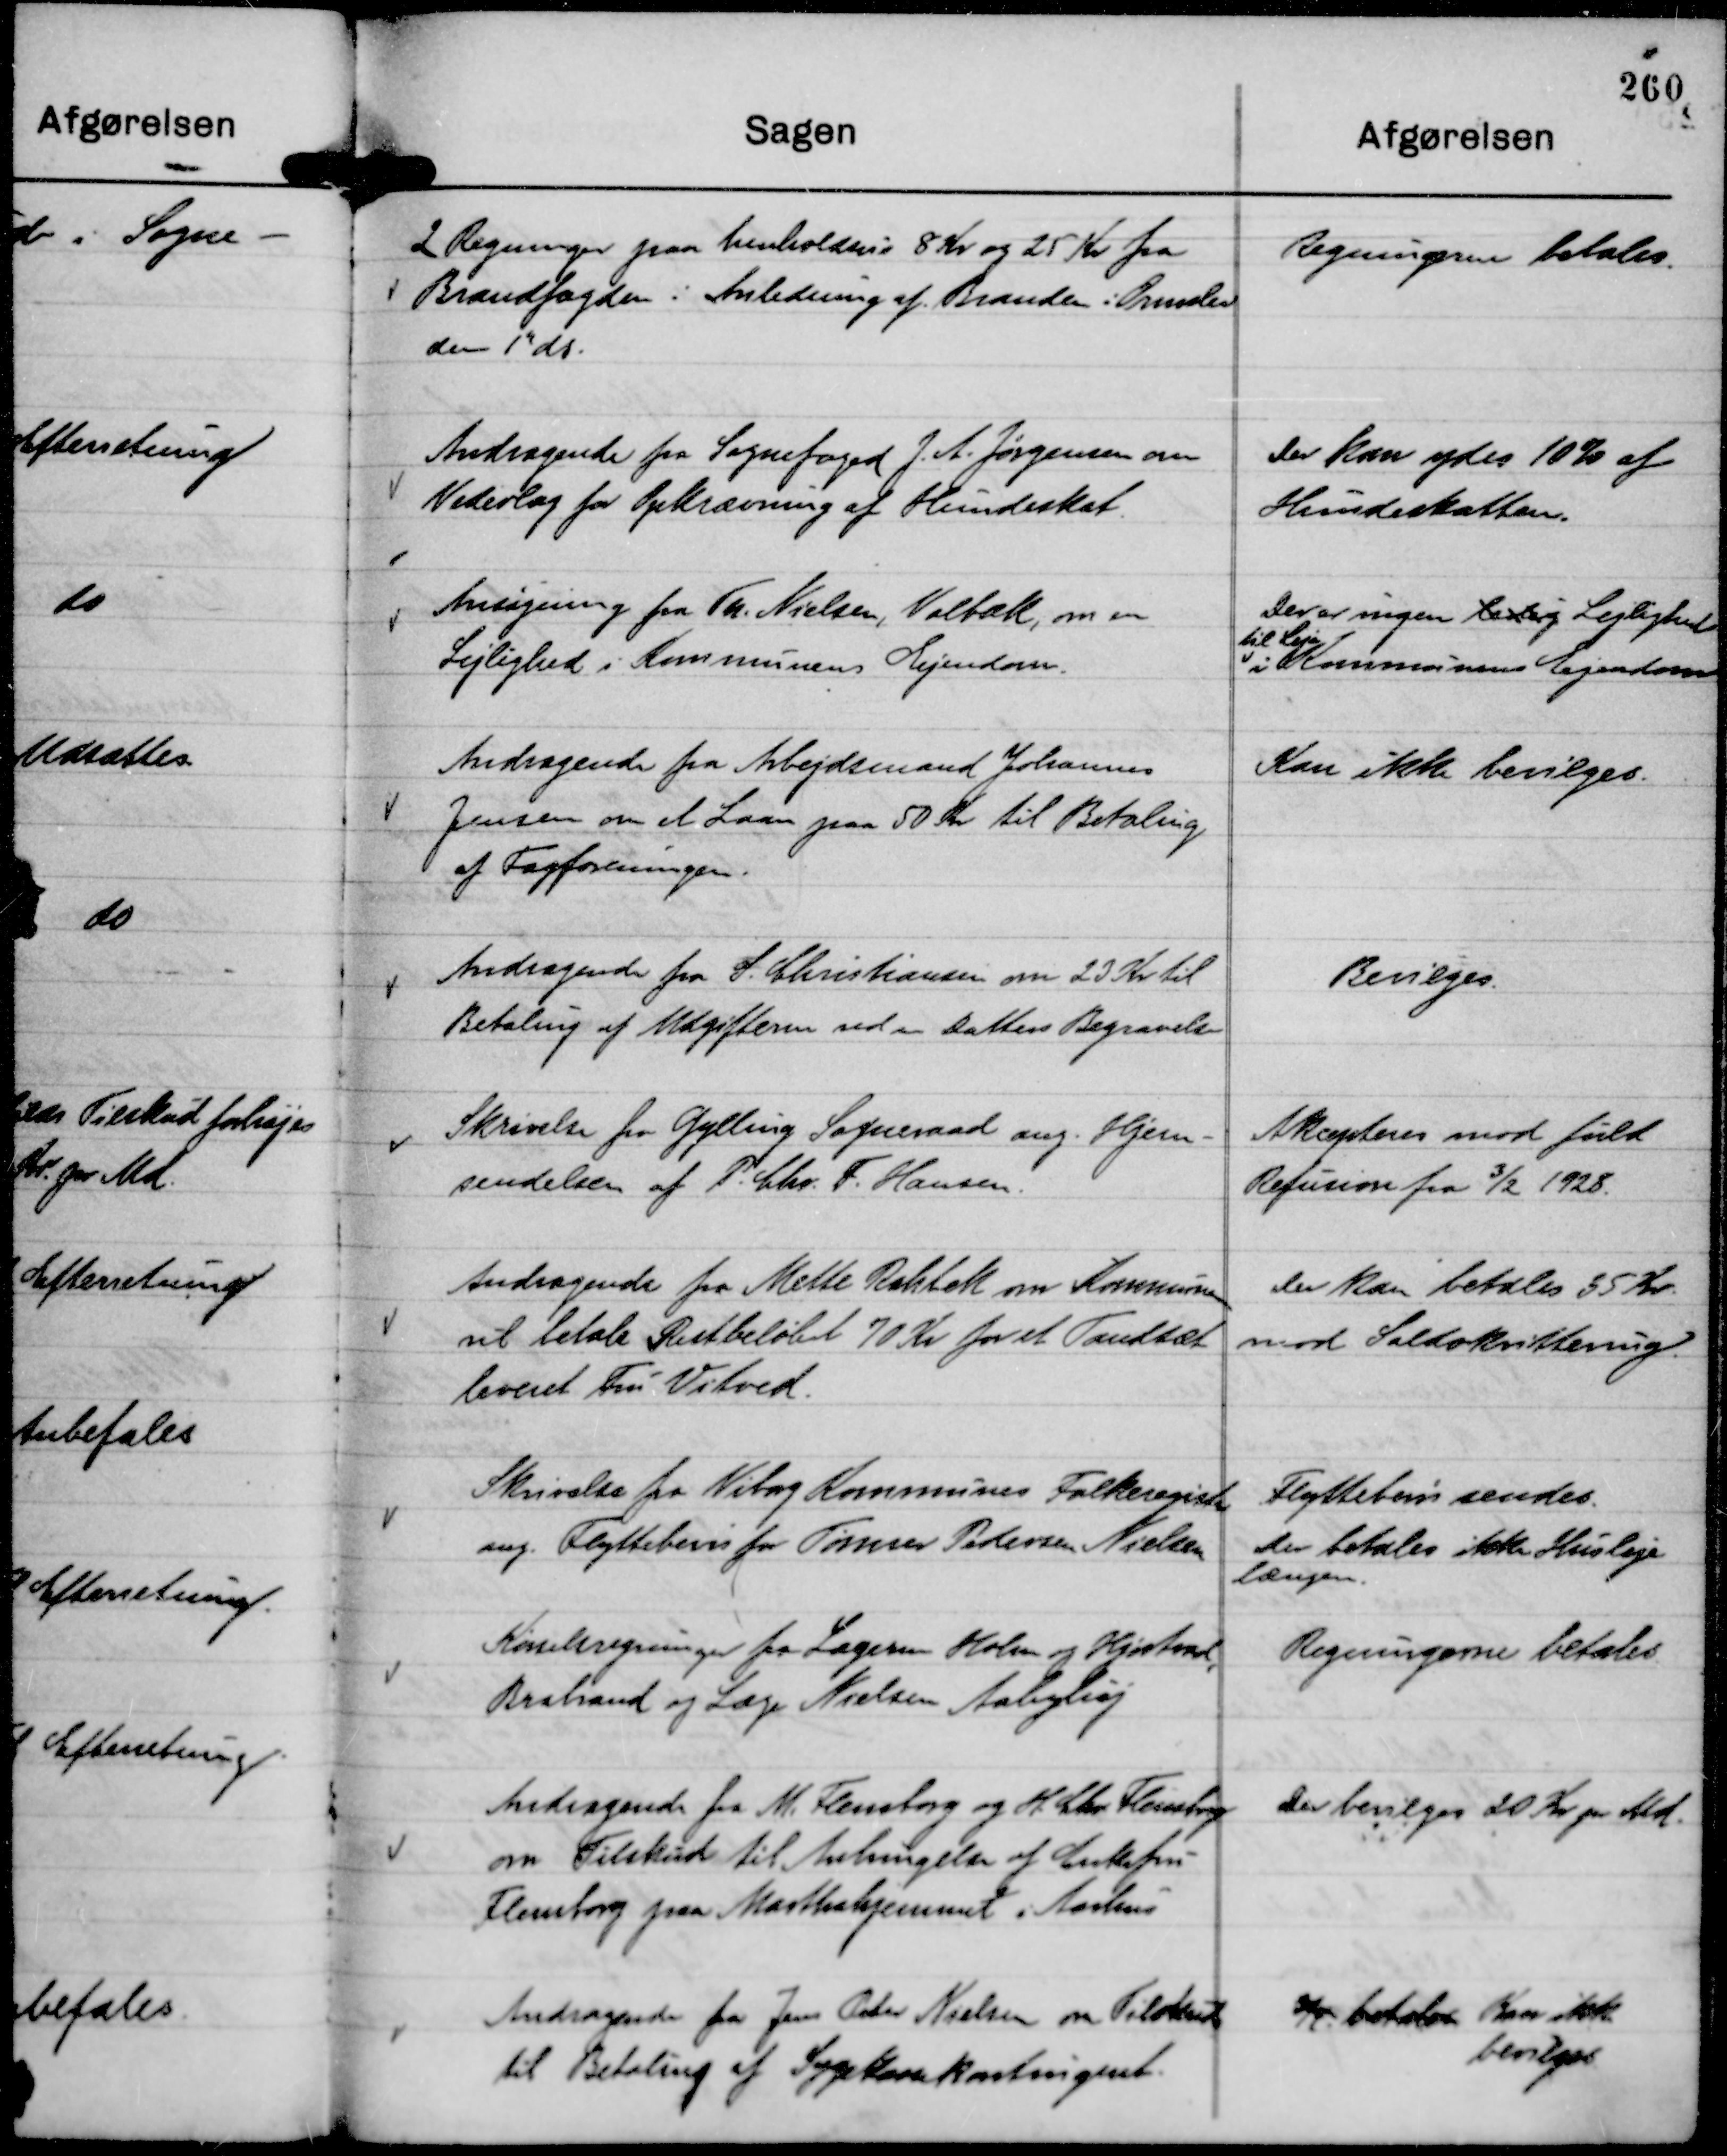
Transskription:
2 Regninger paa henholdsvis 8 Kr og 25 Kr fra
Brandfogden i Anledning af Branden i Ormslev
den 1" ds.

Regningen betales.

Andragende fra Sognefoged J. A. Jørgensen om
Vederlag for Opkrævning af Hundeskat.

der kan ydes 10 % af
Hundeskatten.

Ansøgning fra Th. Nielsen, Volbæk, om en
Lejlighed i Kommunens Ejendom.

Der er ingen ledig Lejlighed
til leje
i Kommunens Ejendom

Andragende fra Arbejdsmand Johannes
Jensen om et Laan paa 50 Kr til Betaling
af Fagforeningen.

Kan ikke bevilges.

Andragender fra S. Christiansen om 23 Kr til
Betaling af Udgifterne ved en Datters Begravelse

Bevilges.

Skrivelse fra Gylling Sogneraad ang.Hjem-
sendelsen af P. Chr. F. Hansen.

Akcepteres mod fuld
Refusion fra

3/2 1928.

Andragende fra Mette Rahbek om Kommunen
vil betale Restbeløbet 70 Kr for et Tandsæt
leveret Fru Vitved.

Der kan betales 35 Kr.
mod Saldokvittering.

Skrivelse fra Viborg Kommunes Folkeregister
ang. Flyttebevis for Tømrer Pedersen Nielsen

Flyttebevis sendes.
Der betales ikke Husleje
længere.

Kørselsregning fra Lægerne Holm og Hjortvad,
Brabrand og Læge Nielsen, Aabyhøj

Regningerne betales.

Andragende fra M. Flensborg og H. Chr Flensborg
om Tilskud til Anbringelse af Enkefru
Flensborg paa Marthahjemmet i Aarhus

Der bevilges 20 Kr pr Md.

Andragende fra Jens Peter Nielsen om Tilskud
til Betaling af Sygekassekontingent.

¾ betales Kan ikke
bevilges